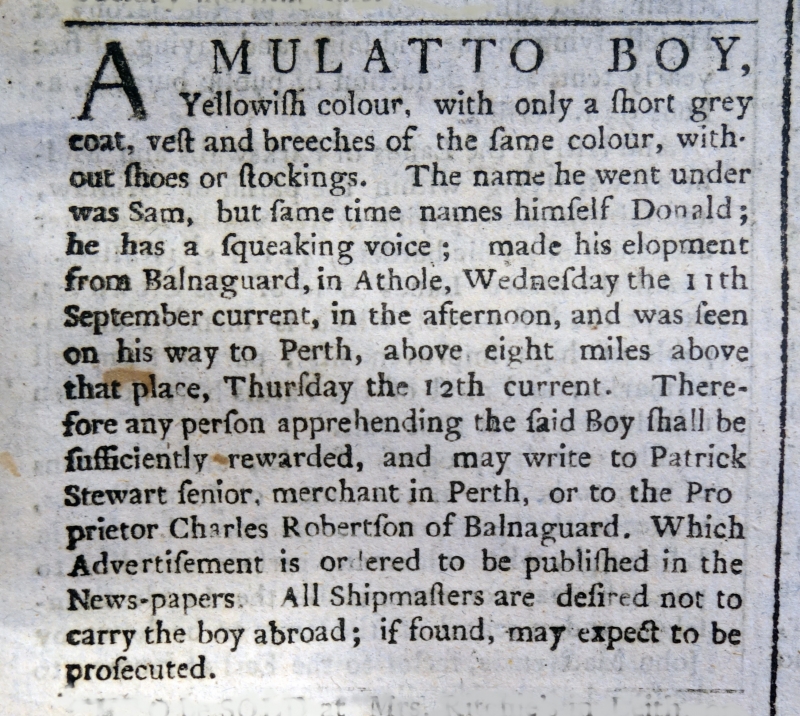
Edinburgh Evening Courant, 14 September 1765 (Scotland)
A MULATTO BOY, Yellowish colour, with only a short grey coat, vest and breeches of the same colour, without shoes or stockings. The name he went under was Sam, but same time names himself Donald; he has a squeaking voice; made his elopement from Balnaguard, in Athole, Wednesday the 11th September current, in the afternoon, and was seen on his way to Perth, above eight miles above that place, Thursday the 12th current. Therefore any person apprehending the said Boy shall be sufficiently rewarded, and may write to Patrick Stewart senior, merchant in Perth, or to the Proprietor Charles Robertson of Balnaguard. Which Advertisement is ordered to be published in the News-papers. All Shipmasters are desired not to carry the boy abroad; if found, may expect to be prosecuted.